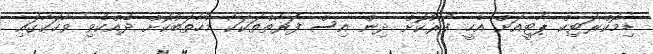
ޑިމޮކްރަޓިކް ޕާޓީއަށް އެހީ ފޯރުކޮށް ދިން އިސް ފަރާތްތަކަކާ މުހާތަބުކޮށް ދެއްކެވި ވާހަކާގައި